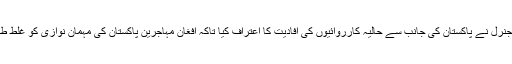
بیان میں کہا گیا ہے کہ امریکی جنرل نے پاکستان کی جانب سے حالیہ کارروائیوں کی افادیت کا اعتراف کیا تاکہ افغان مہاجرین پاکستان کی مہمان نوازی کو غلط طریقے سے استعمال نہ کر سکیں۔